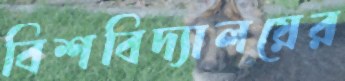
বিশবিদ্যালয়ের